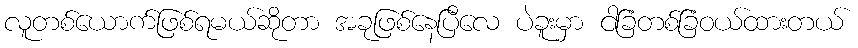
လူတစ်ယောက်ဖြစ်ရမယ်ဆိုတာ အခုဖြစ်နေပြီလေ ပဲခူးမှာ ငါခြံတစ်ခြံဝယ်ထားတယ်